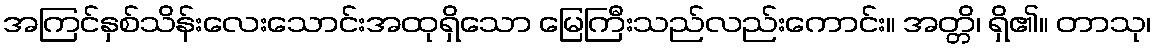
အကြင်နှစ်သိန်းလေးသောင်းအထုရှိသော မြေကြီးသည်လည်းကောင်း။ အတ္တိ၊ ရှိ၏။ တာသု၊